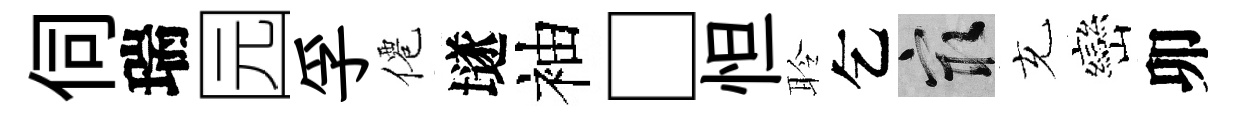
伺瑞园孚僊𡑞袖□怛聆乞冣充巒卯